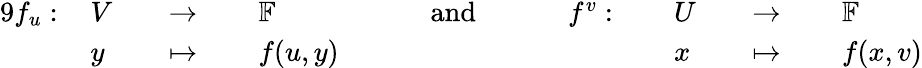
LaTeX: {\begin{array}{rlrlrlrlrlrlrlrl}{{9}f_{u}:\, }&{V}&&{\to\, }&&{\mathbb{F}}&&{\quad{\mathrm{~and~}}\quad}&&{f^{v}:\, }&&{U}&&{\to\, }&&{\mathbb{F}}\\ &{y}&&{\mapsto\, }&&{f(u,y)}&&{}&&{}&&{x}&&{\mapsto\, }&&{f(x,v)}\end{array}}